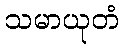
သမာယုတံ